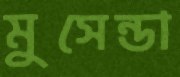
মুসেন্ডা